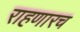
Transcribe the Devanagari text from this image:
राहणारच